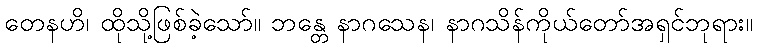
တေနဟိ၊ ထိုသို့ဖြစ်ခဲ့သော်။ ဘန္တေ နာဂသေန၊ နာဂသိန်ကိုယ်တော်အရှင်ဘုရား။